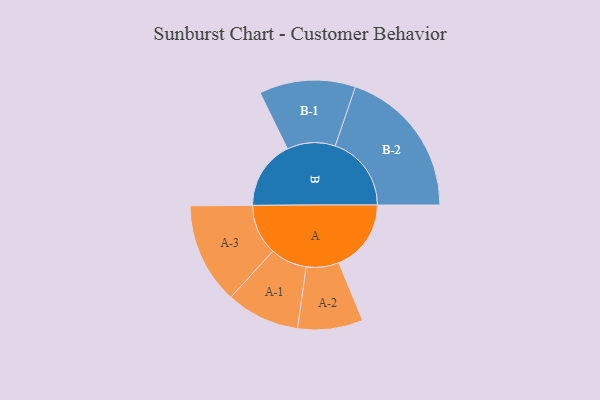
{"axis": {"x": "Segment", "y": "Value"}, "legend": ["", "A", "B"], "data": [{"x": "A", "y": 266, "type": ""}, {"x": "B", "y": 253, "type": ""}, {"x": "A-1", "y": 135, "type": "A"}, {"x": "A-2", "y": 120, "type": "A"}, {"x": "A-3", "y": 186, "type": "A"}, {"x": "B-1", "y": 177, "type": "B"}, {"x": "B-2", "y": 280, "type": "B"}]}